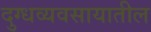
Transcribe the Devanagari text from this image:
दुग्धव्यवसायातील